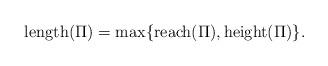
LaTeX: \begin{align*}\mathrm{length}(\Pi) = \max\{\mathrm{reach}(\Pi), \mathrm{height}(\Pi)\} .\end{align*}